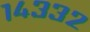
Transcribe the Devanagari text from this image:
१४३३२